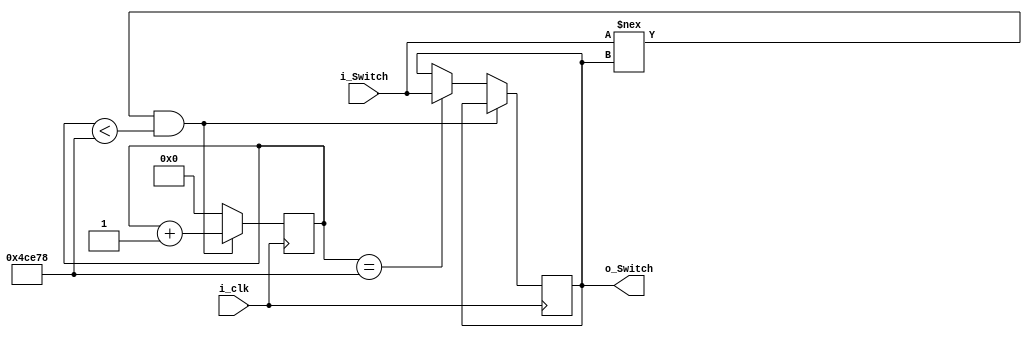
module debounce (input i_clk, input i_Switch, output o_Switch);

  parameter c_DEBOUNCE_LIMIT = 315000;

  reg [18:0] r_Count = 0;
  reg r_State = 1'b0;

  always @(posedge i_clk)
  begin
    // Switch input is different than internal switch value, so an input is
    // changing.  Increase the counter until it is stable for enough time.
    if (i_Switch !== r_State && r_Count < c_DEBOUNCE_LIMIT)
      r_Count <= r_Count + 1;

    // End of counter reached, switch is stable, register it, reset counter
    else if (r_Count == c_DEBOUNCE_LIMIT)
    begin
      r_State <= i_Switch;
      r_Count <= 0;
    end

    // Switches are the same state, reset the counter
    else
      r_Count <= 0;
  end

  // Assign internal register to output (debounced!)
  assign o_Switch = r_State;

endmodule